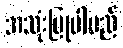
အသုံးပြုပါမည်